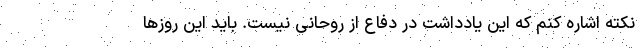
نکته اشاره کنم که این یادداشت در دفاع از روحانی نیست. باید این روزها